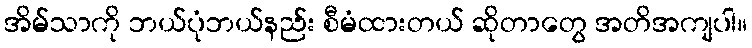
အိမ်သာကို ဘယ်ပုံဘယ်နည်း စီမံထားတယ် ဆိုတာတွေ အတိအကျပါ။